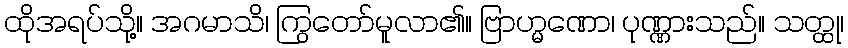
ထိုအရပ်သို့။ အဂမာသိ၊ ကြွတော်မူလာ၏။ ဗြာဟ္မဏော၊ ပုဏ္ဏားသည်။ သတ္ထု၊